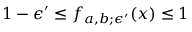
1 - \epsilon ^ { \prime } \le f _ { a , b ; \epsilon ^ { \prime } } ( x ) \le 1